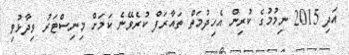
އަދި 2015 ނިމުމުގެ ކުރިން އެހިދުމަތް ތައާރަފް ކުރެވޭނެ ކަމަށް މިނިސްޓަރު ވިދާޅުވި